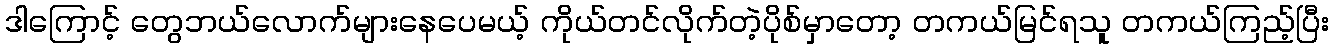
ဒါကြောင့် တွေဘယ်လောက်များနေပေမယ့် ကိုယ်တင်လိုက်တဲ့ပိုစ်မှာတော့ တကယ်မြင်ရသူ တကယ်ကြည့်ပြီး